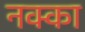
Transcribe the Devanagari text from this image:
नक्का